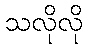
သလိုလို